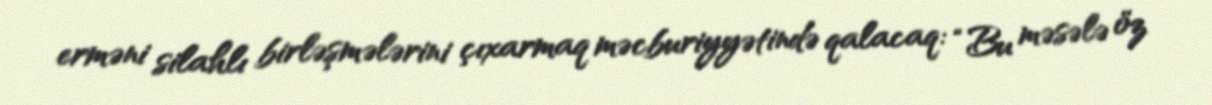
erməni silahlı birləşmələrini çıxarmaq məcburiyyətində qalacaq: “Bu məsələ öz